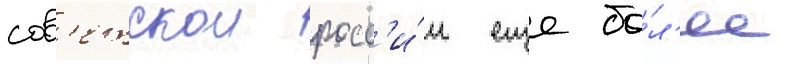
сов'етскои росс'и́и еще бо́л'ее